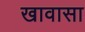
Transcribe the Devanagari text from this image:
खावासा